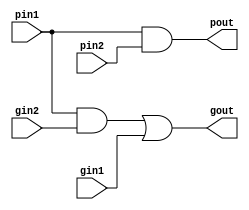
module black (gout, pout, gin1, pin1, gin2, pin2);

   input gin1, pin1, gin2, pin2;

   output gout, pout;
   
   and xo1(pout, pin1, pin2);
   and an1(o1, pin1, gin2);
   or  or1(gout, o1, gin1);

endmodule // black